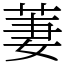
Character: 萋